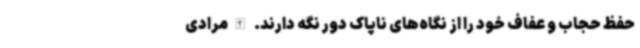
حفظ حجاب و عفاف خود را از نگاه‌های ناپاک دور نگه دارند. الله‌مرادی